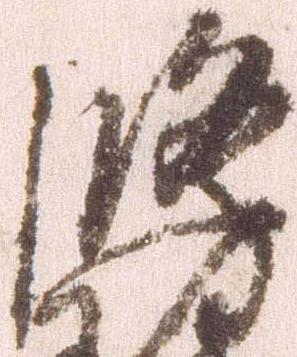
修